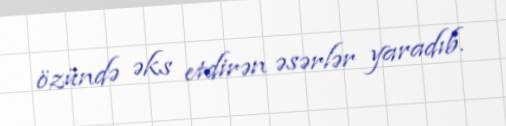
özündə əks etdirən əsərlər yaradıb.